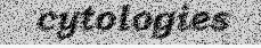
cytologies